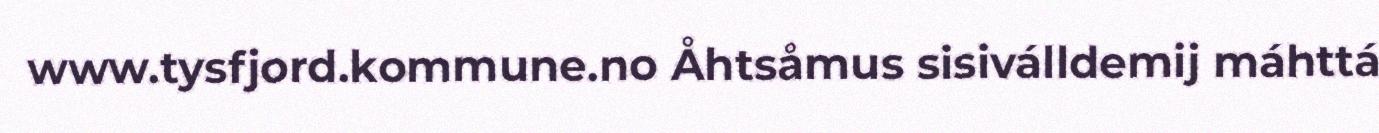
www.tysfjord.kommune.no Åhtsåmus sisiválldemij máhttá